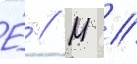
Е́ // М //